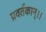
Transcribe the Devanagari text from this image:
प्रवर्तकान्।।